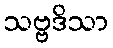
သဗ္ဗဒိသာ